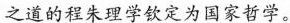
之道的程朱理学钦定为国家哲学。